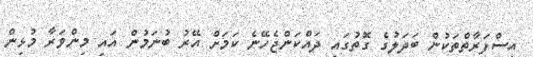
އިސްފަރާތްތަކުން ބަދަލުގެ ގޮތުގައި ދައްކަންޖެހޭނެ ކަމަށް އޭރު ބުނަމުން އައި މިންވަރާ މުޅިން